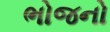
ભોજનો